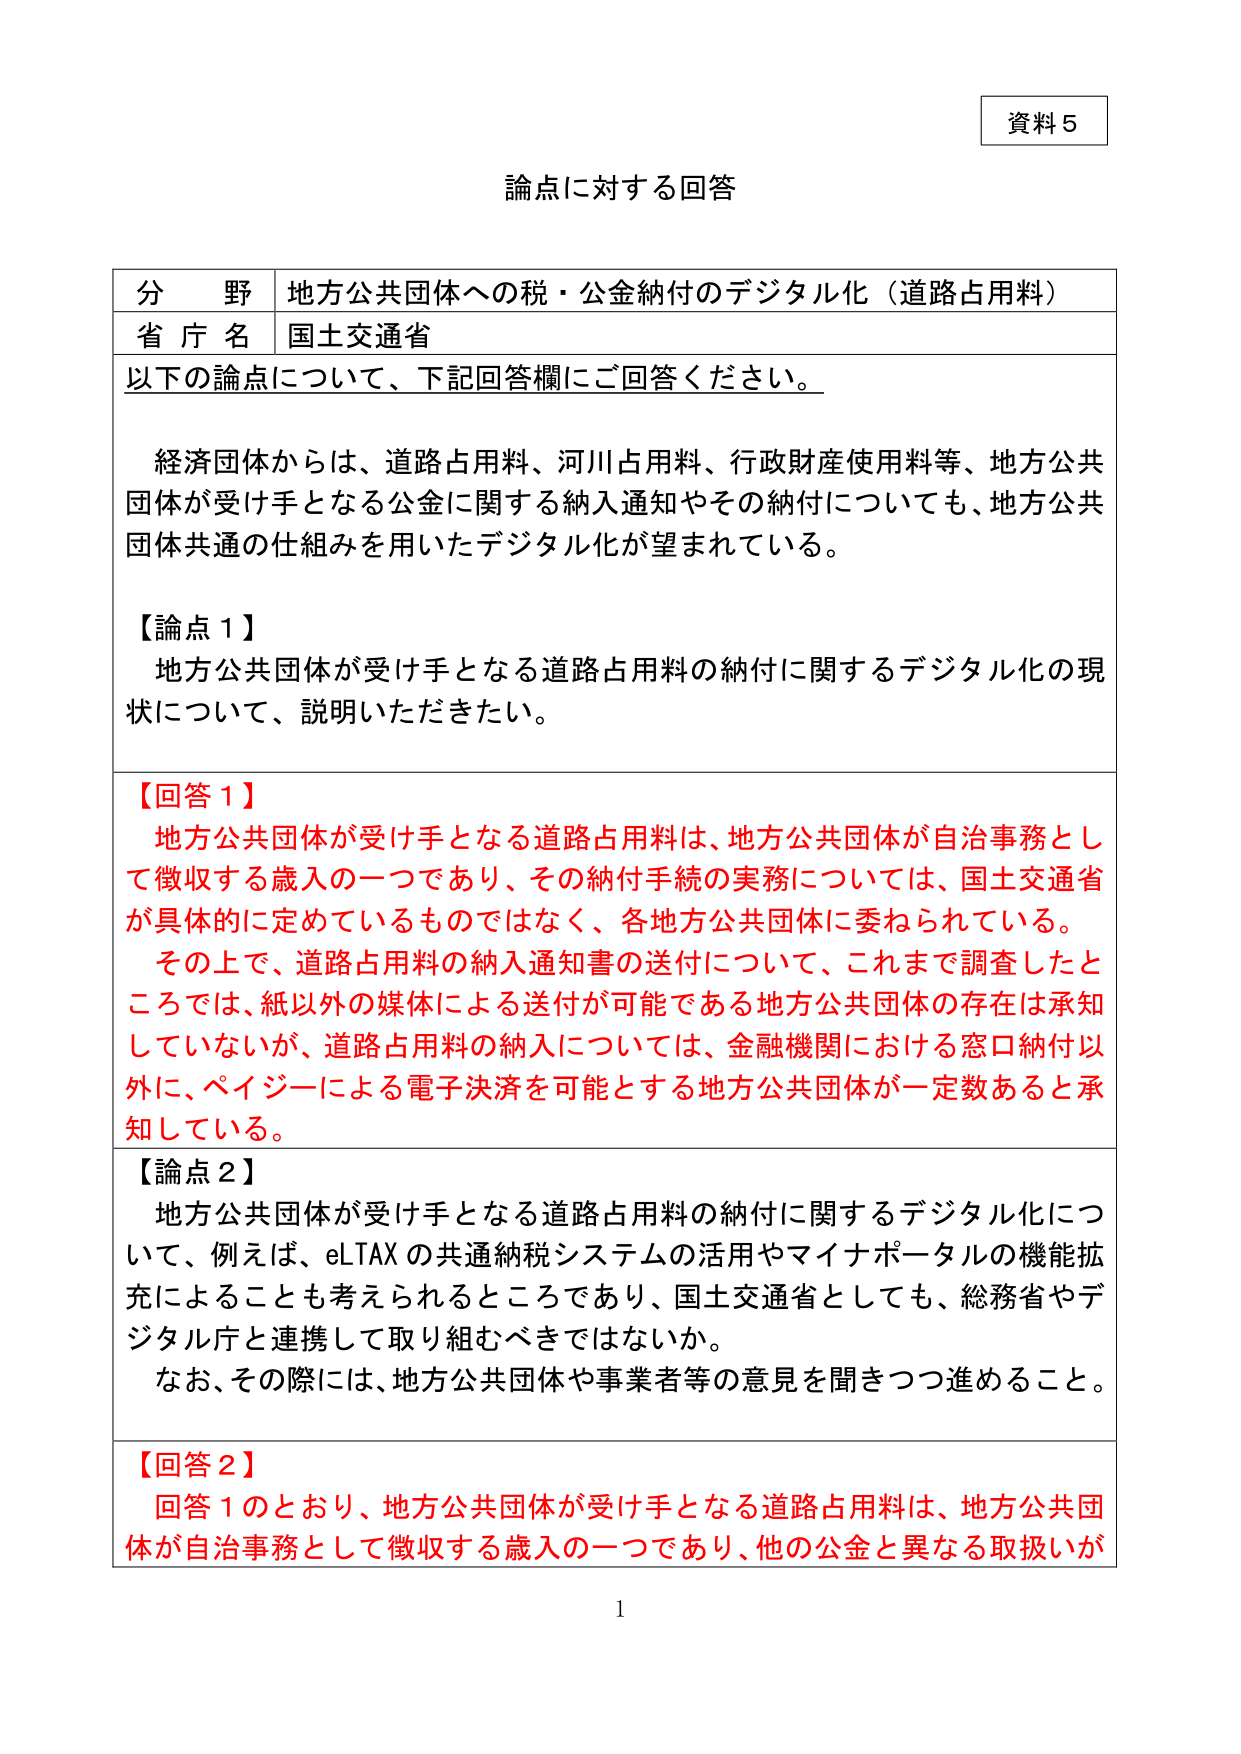
資料５

論点に対する回答

分野 地方公共団体への税・公金納付のデジタル化（道路占用料）
省庁名 国土交通省

以下の論点について、下記回答欄にご回答ください。

経済団体からは、道路占用料、河川占用料、行政財産使用料等、地方公共団体が受け手となる公金に関する納入通知やその納付についても、地方公共団体共通の仕組みを用いたデジタル化が望まれている。

【論点１】
地方公共団体が受け手となる道路占用料の納付に関するデジタル化の現状について、説明いただきたい。

【回答１】
地方公共団体が受け手となる道路占用料は、地方公共団体が自治事務として徴収する歳入の一つであり、その納付手続の実務については、国土交通省が具体的に定めているものではなく、各地方公共団体に委ねられている。
その上で、道路占用料の納入通知書の送付について、これまで調査したところでは、紙以外の媒体による送付が可能である地方公共団体の存在は承知していないが、道路占用料の納入については、金融機関における窓口納付以外に、ペイジーによる電子決済を可能とする地方公共団体が一定数あると承知している。

【論点２】
地方公共団体が受け手となる道路占用料の納付に関するデジタル化について、例えば、eLTAXの共通納税システムの活用やマイナポータルの機能拡充によることも考えられるところであり、国土交通省としても、総務省やデジタル庁と連携して取り組むべきではないか。
なお、その際には、地方公共団体や事業者等の意見を聞きつつ進めるること。

【回答２】
回答１のとおり、地方公共団体が受け手となる道路占用料は、地方公共団体が自治事務として徴収する歳入の一つであり、他の公金と異なる取扱いが

1